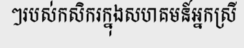
ៗរបស់កសិករក្នុងសហគមន៍អ្នកស្រី